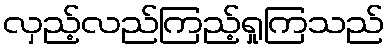
လှည့်လည်ကြည့်ရှုကြသည်